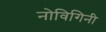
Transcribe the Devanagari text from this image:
नोविगिनी